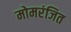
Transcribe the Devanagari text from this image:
मोमरंजित